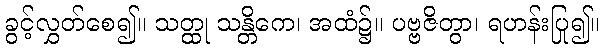
ခွင့်လွှတ်စေ၍။ သတ္ထု သန္တိကေ၊ အထံ၌။ ပဗ္ဗဇိတွာ၊ ရဟန်းပြု၍။